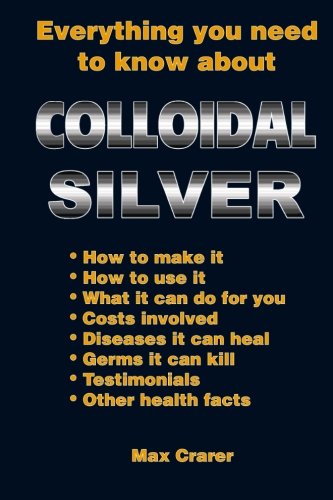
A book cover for Everything You Need To Know About Colloidal Silver; Max Crarer; Health, Fitness & Dieting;